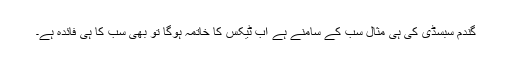
گندم سبسڈی کی ہی مثال سب کے سامنے ہے اب ٹیکس کا خاتمہ ہوگا تو بھی سب کا ہی فائدہ ہے۔